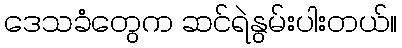
ဒေသခံတွေက ဆင်ရဲနွမ်းပါးတယ်။